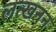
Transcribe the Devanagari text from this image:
लत्खनन